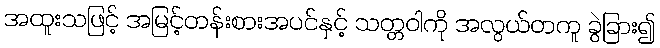
အထူးသဖြင့် အမြင့်တန်းစားအပင်နှင့် သတ္တဝါကို အလွယ်တကူ ခွဲခြား၍